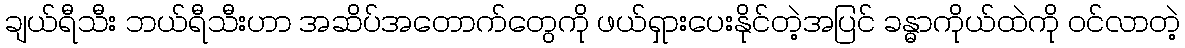
ချယ်ရီသီး ဘယ်ရီသီးဟာ အဆိပ်အတောက်တွေကို ဖယ်ရှားပေးနိုင်တဲ့အပြင် ခန္ဓာကိုယ်ထဲကို ဝင်လာတဲ့